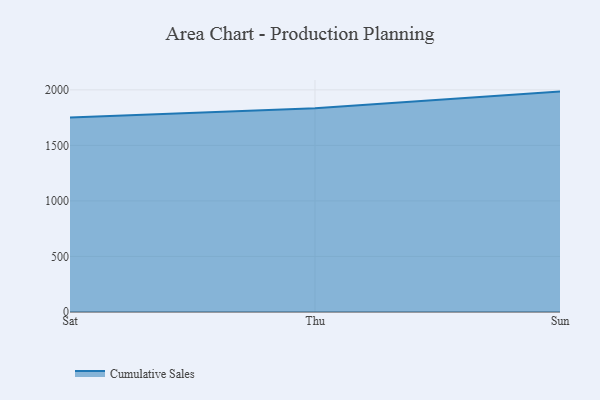
{"axis": {"x": "Day", "y": "Customer Acquisition Cost (USD)"}, "legend": ["Cumulative Sales"], "data": [{"x": "Sat", "y": 1751.3, "type": "Cumulative Sales"}, {"x": "Thu", "y": 1834.2, "type": "Cumulative Sales"}, {"x": "Sun", "y": 1984.2, "type": "Cumulative Sales"}]}